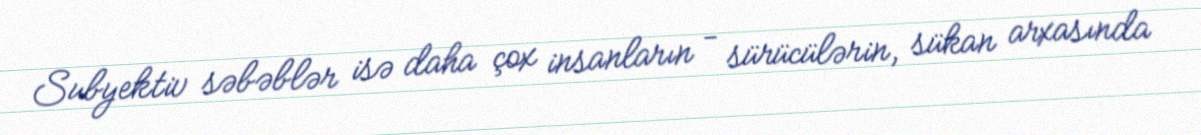
Subyektiv səbəblər isə daha çox insanların - sürücülərin, sükan arxasında